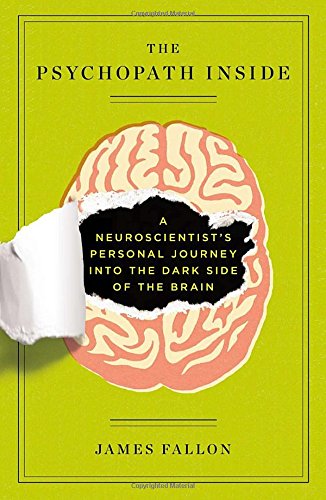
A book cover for The Psychopath Inside: A Neuroscientist's Personal Journey into the Dark Side of the Brain; James Fallon; Medical Books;